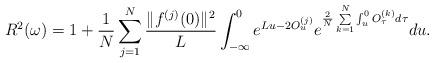
LaTeX: \begin{align*}R^2(\omega)=1+\frac{1}{N}\sum\limits_{j=1}^{N}\frac{\|f^{(j)}(0)\|^2}{L}\int_{-\infty}^{0}e^{Lu-2O_{u}^{(j)}}e^{\frac{2}{N}\sum\limits_{k=1}^{N}\int_{u}^{0}O_{\tau}^{(k)}d\tau }du.\end{align*}